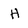
Character: H